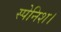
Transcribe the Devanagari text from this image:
स्पेनिश।